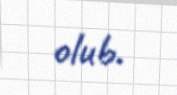
olub.